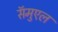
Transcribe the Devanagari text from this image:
सॅमुएल